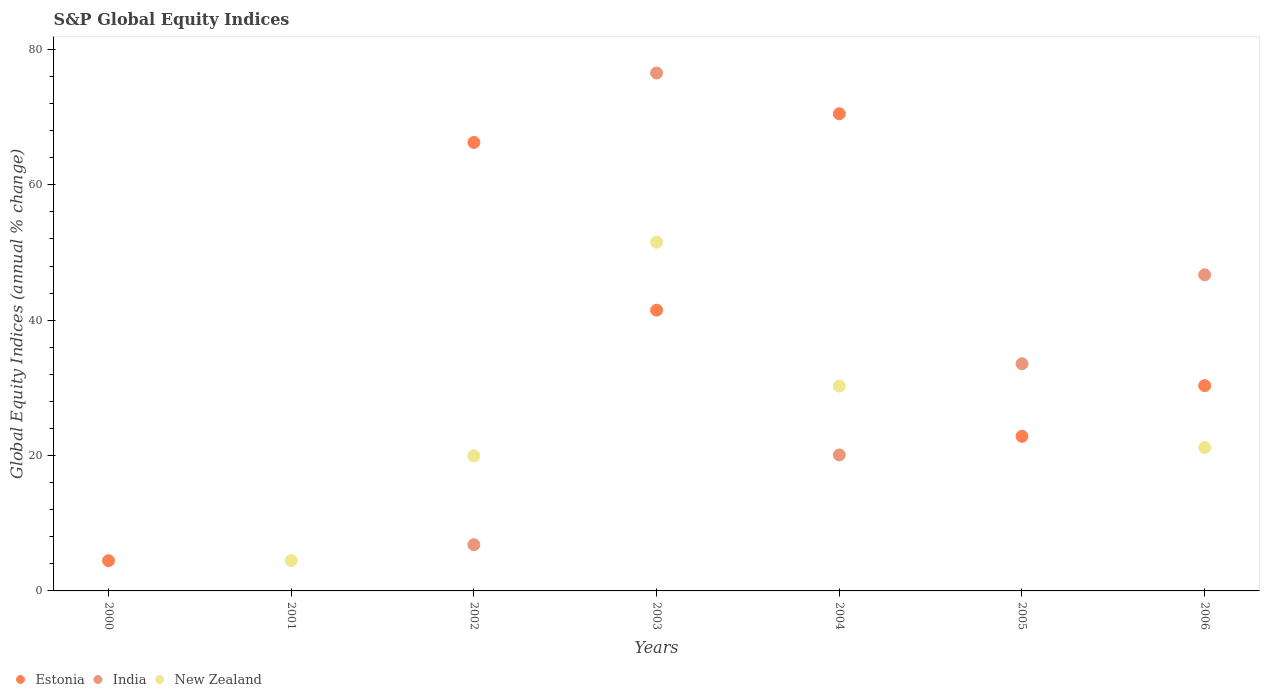
| Years | Estonia | India | New Zealand |
 | --- | --- | --- | --- |
 | 2000 | 4.47 | -31.1 | -26.6 |
 | 2001 | -3.72 | -19.9 | 4.49 |
 | 2002 | 66.3 | 6.83 | 19.9 |
 | 2003 | 41.5 | 76.5 | 51.5 |
 | 2004 | 70.5 | 20.1 | 30.3 |
 | 2005 | 22.8 | 33.6 | -2.74 |
 | 2006 | 30.3 | 46.7 | 21.2 |